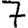
Digit: 7